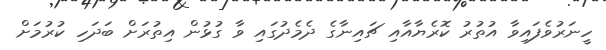
ހީނަރުވެފައިވާ އުތުރު ކޮރެޔާއާއި ޗައިނާގެ ދެމެދުގައި ވާ ގުޅުން އިތުރަށް ބަދަހި ކުރުމަށް